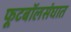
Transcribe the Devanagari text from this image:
फूटबॉलसंघात